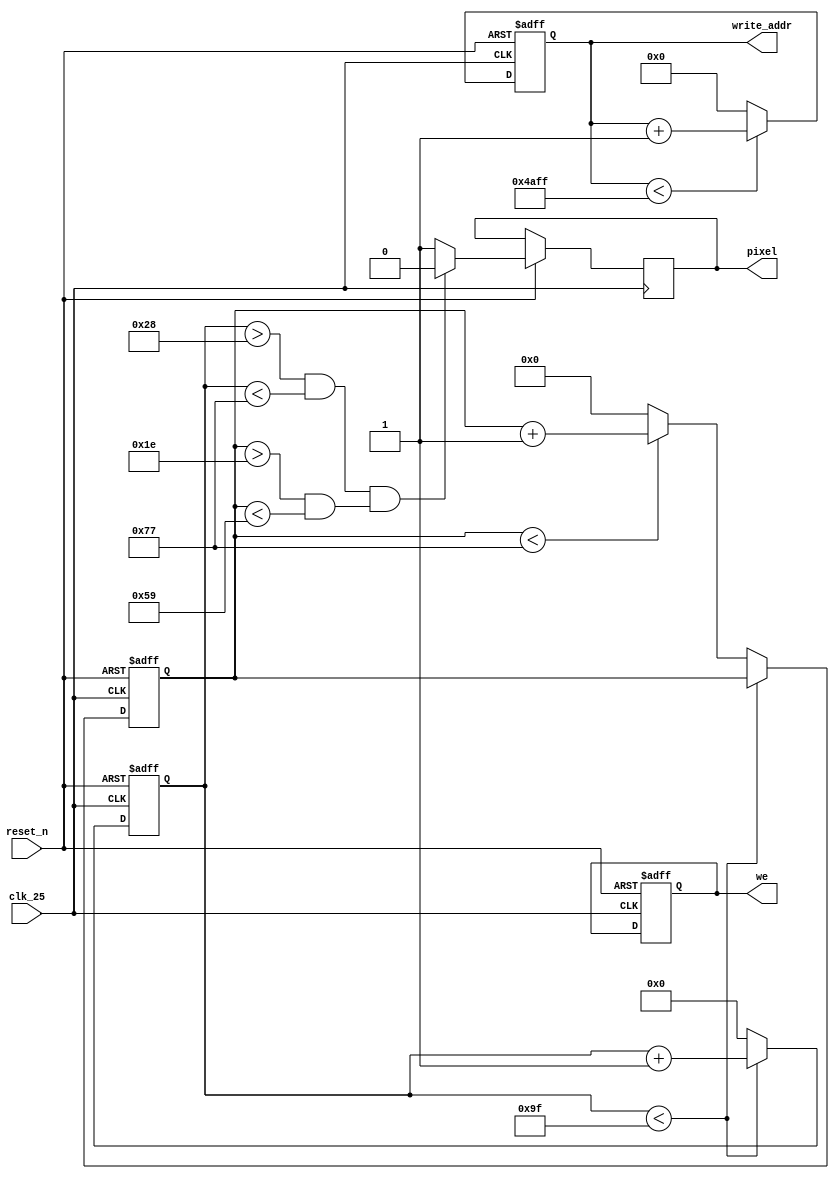
module filler
#(
  parameter ADDR_WIDTH = 15 // Video format: QQVGA = 160x120 => 2^15
)
(
  // Input
  input                       reset_n,
  input                       clk_25,
  output reg                  we, // temp
  output reg [ADDR_WIDTH-1:0] write_addr, // temp
  output reg                  pixel // temp
);
  // temp
  reg [7:0] h_count;
  reg [6:0] v_count;

  always @ (posedge clk_25 or negedge reset_n) begin
    if (~reset_n) begin
      h_count <= 0;
      v_count <= 0;
      write_addr <= 0;
      we <= 1;
    end else begin
      pixel <= 1;

      if ((h_count > 40 && h_count < 119) && (v_count > 30 && v_count < 89))
        pixel <= 0;

      if (h_count < 159)
        h_count <= h_count + 1;
      else begin
        h_count <= 0;
        if (v_count < 119)
          v_count <= v_count + 1;
        else
          v_count <= 0;
      end

      if (write_addr < 19199)
        write_addr <= write_addr + 1;
      else
        write_addr <= 0;
    end
  end
endmodule